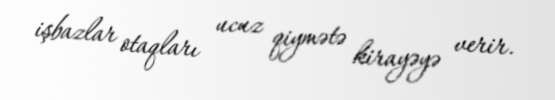
işbazlar otaqları ucuz qiymətə kirayəyə verir.